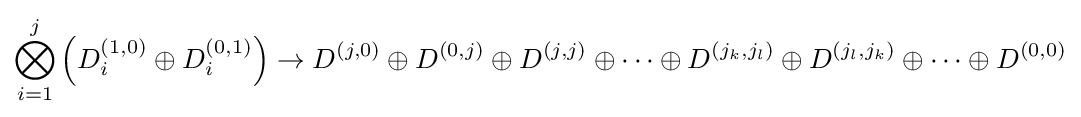
\bigotimes _{i=1}^{j}\left(D_{i}^{(1,0)}\oplus D_{i}^{(0,1)}\right)\to D^{(j,0)}\oplus D^{(0,j)}\oplus D^{(j,j)}\oplus \cdots \oplus D^{(j_{k},j_{l})}\oplus D^{(j_{l},j_{k})}\oplus \cdots \oplus D^{(0,0)}